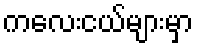
ကလေးငယ်များမှာ